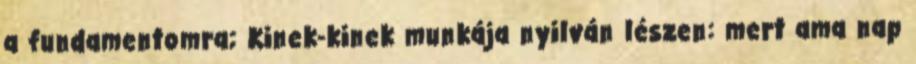
a fundamentomra; Kinek-kinek munkája nyilván lészen: mert ama nap